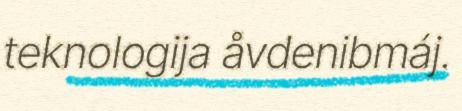
teknologija åvdenibmáj.